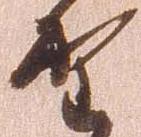
野